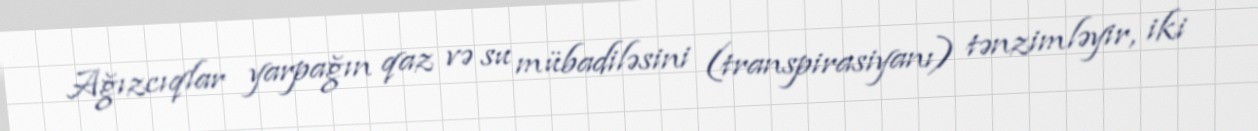
Ağızcıqlar yarpağın qaz və su mübadiləsini (transpirasiyanı) tənzimləyir, iki